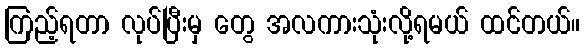
ကြည့်ရတာ လုပ်ပြီးမှ တွေ အလကားသုံးလို့ရမယ် ထင်တယ်။